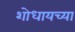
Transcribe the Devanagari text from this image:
शोधायच्या